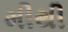
મીથી